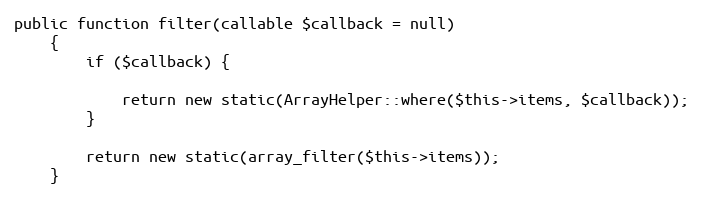
Language: PHP
public function filter(callable $callback = null)
    {
        if ($callback) {

            return new static(ArrayHelper::where($this->items, $callback));
        }

        return new static(array_filter($this->items));
    }